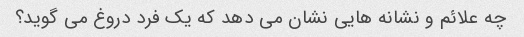
چه علائم و نشانه هایی نشان می دهد که یک فرد دروغ می گوید؟